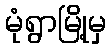
မုံရွာမြို့မှ